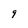
Character: 9